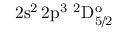
\mathrm { 2 s ^ { 2 } \, 2 p ^ { 3 } ~ ^ { 2 } D _ { 5 / 2 } ^ { o } }